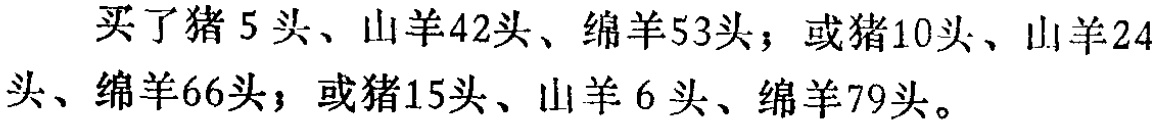
买了猪 5 头、山羊42头、绵羊53头；或猪10头、山羊24头、绵羊66头；或猪15头、山羊 6 头、绵羊79头。